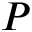
P